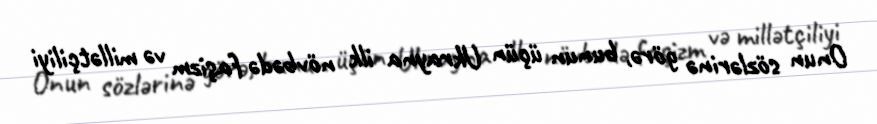
Onun sözlərinə görə, bunun üçün Ukrayna ilk növbədə faşizm və millətçiliyi